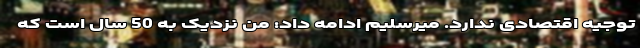
توجیه اقتصادی ندارد. میرسلیم ادامه داد: من نزدیک به 50 سال است که